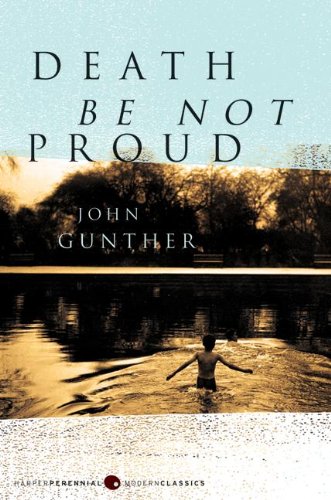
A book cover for Death Be Not Proud (P.S.); John J. Gunther; Self-Help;